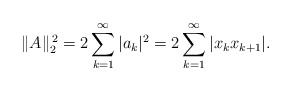
\begin{align*}\|A\|_{2}^{\,2}=2\sum_{k=1}^{\infty}|a_{k}|^{2}=2\sum_{k=1}^{\infty}|x_{k}x_{k+1}|.\end{align*}